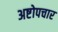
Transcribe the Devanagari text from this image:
अष्टोपचार